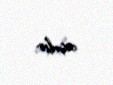
açılır.